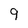
Character: 9